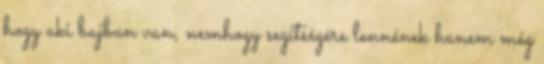
hogy aki bajban van, nemhogy segítségére lennének hanem még